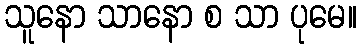
သူနော သာနော စ သာ ပုမေ။